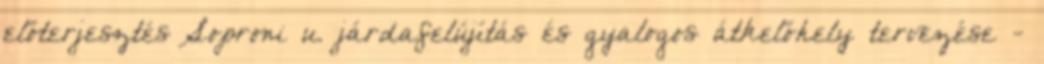
előterjesztés Soproni u. járdafelújítás és gyalogos átkelőhely tervezése -